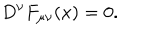
D ^ { \nu } F _ { \mu \nu } ( x ) = 0 .